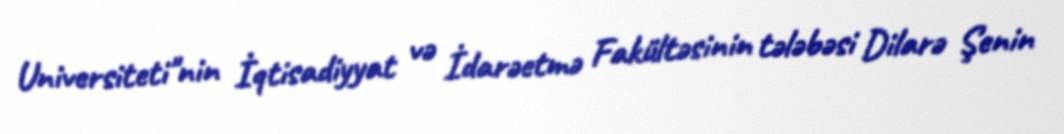
Universiteti"nin İqtisadiyyat və İdarəetmə Fakültəsinin tələbəsi Dilarə Şenin